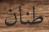
طنان